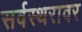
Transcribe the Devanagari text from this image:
सर्वस्थरावर